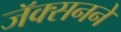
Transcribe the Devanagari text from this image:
जॅक्सनने